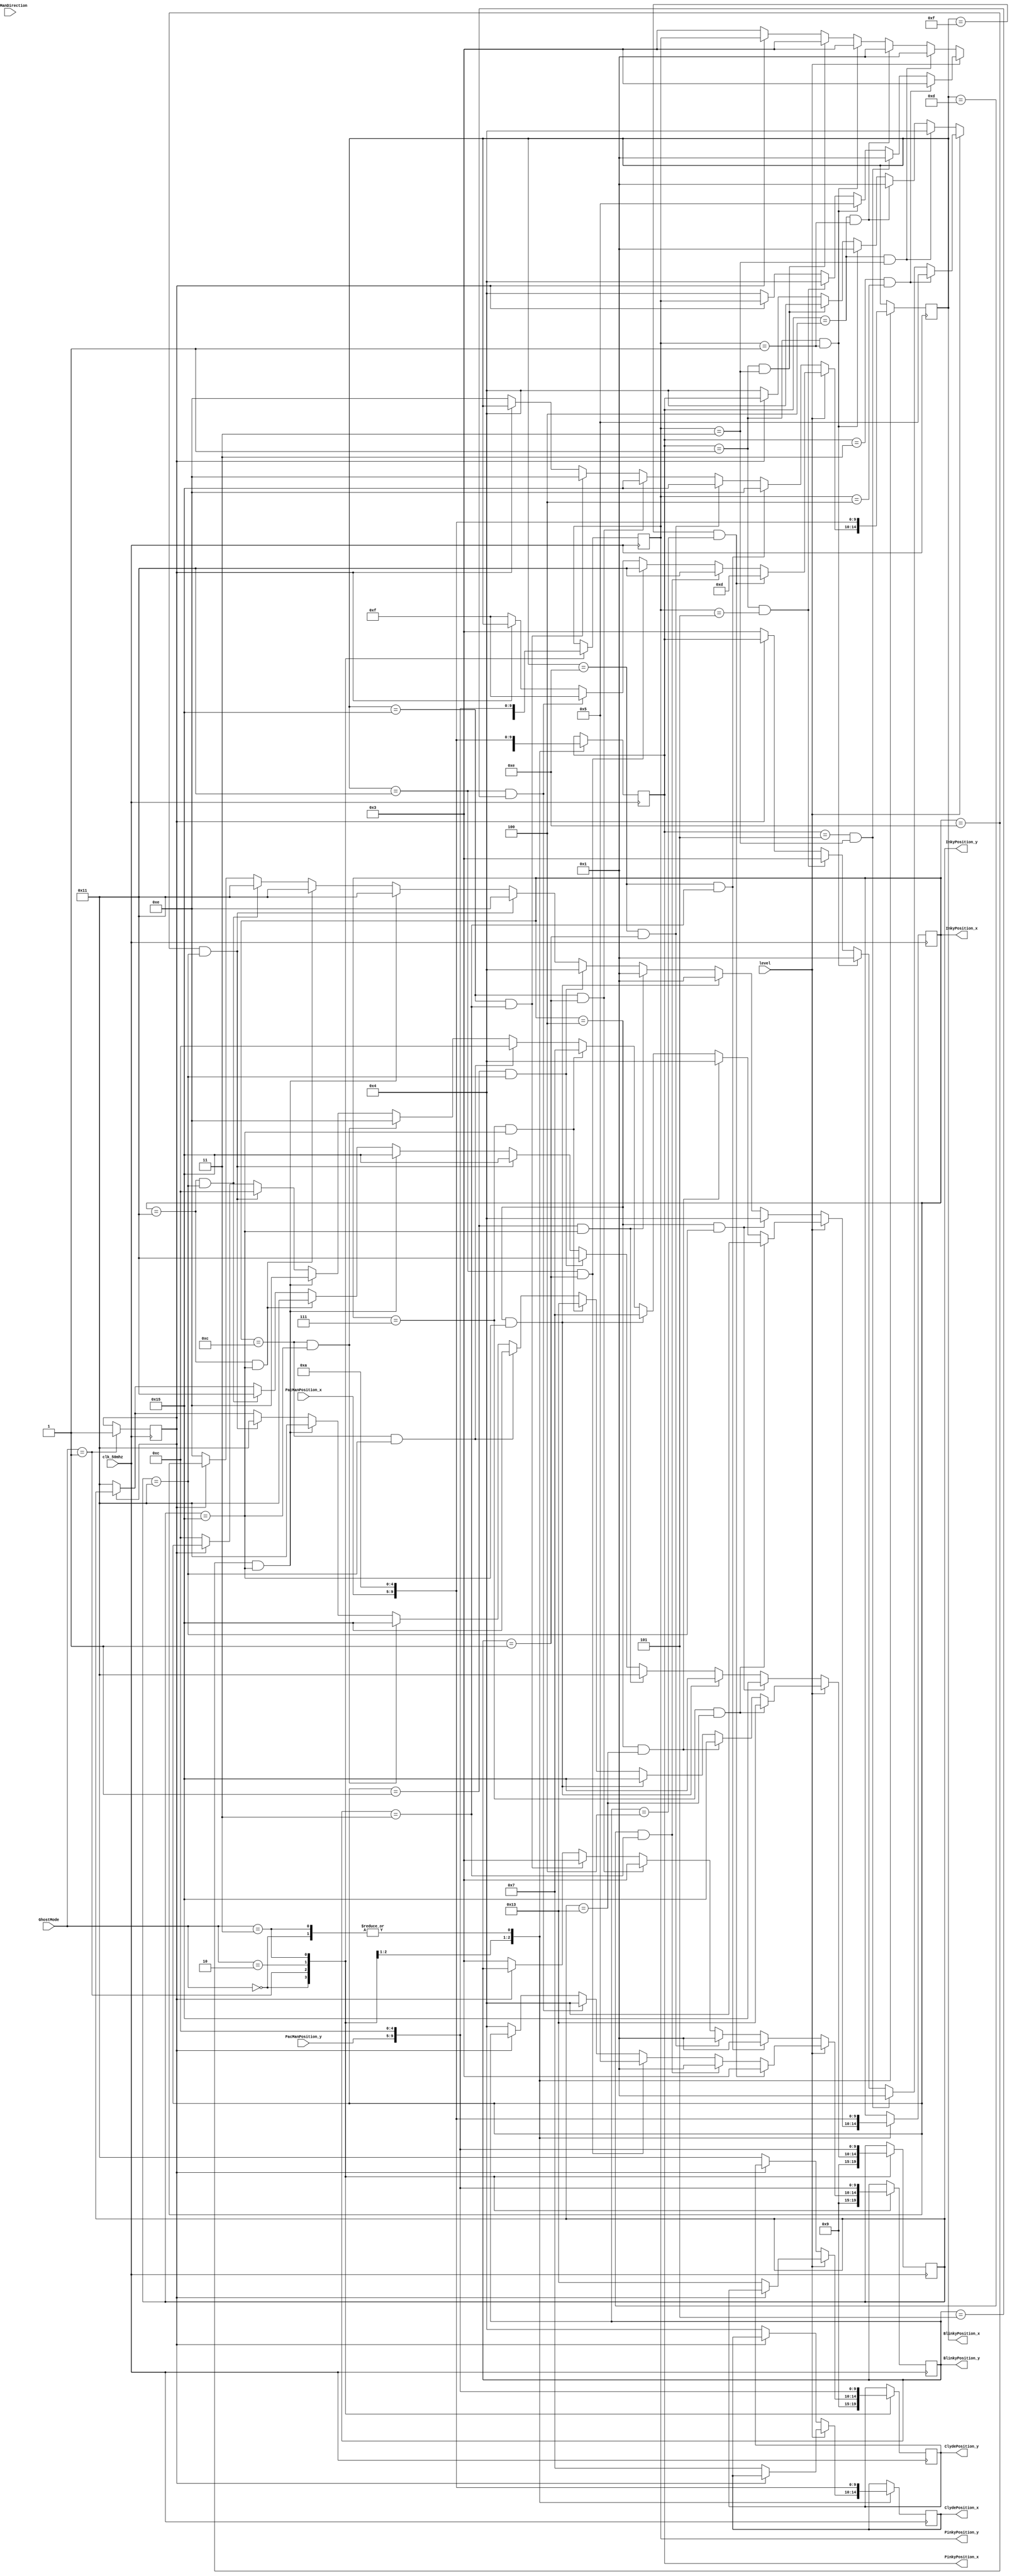
`timescale 1ns / 1ps
//////////////////////////////////////////////////////////////////////////////////
// Company: 
// Engineer: 
// 
// Design Name: 
// Module Name:    ghost_mode 
// Project Name: 
// Target Devices: 
// Tool versions: 
// Description: 
//
// Dependencies: 
//
// Revision: 
// Revision 0.01 - File Created
// Additional Comments: 
//
//////////////////////////////////////////////////////////////////////////////////

/* 
 * File Primary Author: Derek Heyman
 * See LICENSE for license information
 */

module ghost_mode(
						input clk_50mhz,
						input [1:0] GhostMode,
						input [4:0] PacManPosition_x,
						input [4:0] PacManPosition_y,
						input level,
						input [3:0] PacManDirection,
						//send to AI modules as PacMan position
						output reg [4:0] BlinkyPosition_x,
						output reg [4:0] BlinkyPosition_y,
						output reg [4:0] InkyPosition_x,
						output reg [4:0] InkyPosition_y,
						output reg [4:0] ClydePosition_x,
						output reg [4:0] ClydePosition_y,
						output reg [4:0] PinkyPosition_x,
						output reg [4:0] PinkyPosition_y
    );


// make other ghost AI the same for now
// feed position as same 

// need a module to tell you what mode you are in

// once in jail after eaten, switch back to jail mode
// check for ghost coordinates

//scatter start go to corner flag
reg scatterstart;

// if ghost in attack need pacman target
// if ghost in scatter need to pay attention to level map corners 4 targets
// if ghost in jail target needs to be  directly above jail
// if ghost eaten taget needs to be directly above then in the jail

always@(posedge clk_50mhz) begin
	
	case(GhostMode)
		
		// get out of jail
		2'b00: begin
					
					//cooridinates of directly above jail	
					BlinkyPosition_x <= 5'b01010;
					BlinkyPosition_y <= 5'b01001;
					InkyPosition_x <= 5'b01010;
					InkyPosition_y <= 5'b01001;
					ClydePosition_x <= 5'b01010;
					ClydePosition_y <= 5'b01001;
					PinkyPosition_x <= 5'b01010;
					PinkyPosition_y <= 5'b01001;
					
				end
		
		// scatter
		2'b01:
			
				// all levels will have different innermost corners
				if(level == 0) begin
					
					if(scatterstart != 1) begin
					
						// top right corner
						BlinkyPosition_x <= 5'b01110;
						BlinkyPosition_y <= 5'b00011;
						
						// bottom right corner
						InkyPosition_x <= 5'b01110;
						InkyPosition_y <= 5'b10001;
						
						// top left corner
						PinkyPosition_x <= 5'b00100;
						PinkyPosition_y <= 5'b00011;
						
						// bottom left corner
						ClydePosition_x <= 5'b00100;
						ClydePosition_y <= 5'b10001;
						
						scatterstart <= 1;
					
					end
					
					// Blinky corner 1 top right
					if(BlinkyPosition_x == 5'b01110 && BlinkyPosition_y == 5'b00011) begin
					
						BlinkyPosition_x <= 5'b01110;
						BlinkyPosition_y <= 5'b00001;	
						
					end
					
					// Blinky corner 2
					else if(BlinkyPosition_x == 5'b01110 && BlinkyPosition_y == 5'b00001) begin
						
						BlinkyPosition_x <= 5'b10101;
						BlinkyPosition_y <= 5'b00001;	
					
					end
					
					// Blinky corner 3
					else if(BlinkyPosition_x == 5'b10101 && BlinkyPosition_y == 5'b00001) begin

						BlinkyPosition_x <= 5'b10101;
						BlinkyPosition_y <= 5'b00011;	
							
					end
					
					// Blinky corner 4
					else if(BlinkyPosition_x == 5'b10101 && BlinkyPosition_y == 5'b00011) begin
					
						BlinkyPosition_x <= 5'b01110;
						BlinkyPosition_y <= 5'b00011;	
					
					end
					
					// Inky corner 1 bottom right
					if(InkyPosition_x == 5'b01110 && InkyPosition_y == 5'b10001) begin
						
						InkyPosition_x <= 5'b01110;
						InkyPosition_y <= 5'b10101;
						
					end
					
					// Inky corner 2
					else if(InkyPosition_x == 5'b01110 && InkyPosition_y == 5'b10101) begin
						
						InkyPosition_x <= 5'b10001;
						InkyPosition_y <= 5'b10101;
						
					end
					
					// Inky corner 3
					else if(InkyPosition_x == 5'b10001 && InkyPosition_y == 5'b10101) begin
						
						InkyPosition_x <= 5'b10001;
						InkyPosition_y <= 5'b10001;
						
					end
					
					// Inky corner 4
					else if(InkyPosition_x == 5'b10001 && InkyPosition_y == 5'b10001) begin
						
						InkyPosition_x <= 5'b10001;
						InkyPosition_y <= 5'b10001;
						
					end
					
					// Pinky corner 1 top left
					if(PinkyPosition_x == 5'b00100 && PinkyPosition_y == 5'b00011) begin
						
						PinkyPosition_x <= 5'b00100;
						PinkyPosition_y <= 5'b00001;						
					
					end
					
					// Pinky corner 2
					else if(PinkyPosition_x == 5'b00100 && PinkyPosition_y == 5'b00001) begin
						
						PinkyPosition_x <= 5'b00001;
						PinkyPosition_y <= 5'b00001;						
					
					end
					
					// Pinky corner 3
					else if(PinkyPosition_x == 5'b00001 && PinkyPosition_y == 5'b00001) begin
						
						PinkyPosition_x <= 5'b00001;
						PinkyPosition_y <= 5'b00011;						
					
					end
					
					// Pinky corner 4
					else if(PinkyPosition_x == 5'b00001 && PinkyPosition_y == 5'b00011) begin
						
						PinkyPosition_x <= 5'b00100;
						PinkyPosition_y <= 5'b00011;						
					
					end
					
					// Clyde corner 1 bottom left
					if(InkyPosition_x == 5'b00100 && InkyPosition_y == 5'b10001) begin
					
						InkyPosition_x <= 5'b00100;
						InkyPosition_y <= 5'b10101;	
					
					end
					
					// Clyde corner 2
					else if(InkyPosition_x == 5'b00100 && InkyPosition_y == 5'b10101) begin
					
						InkyPosition_x <= 5'b00001;
						InkyPosition_y <= 5'b10101;
					
					end
					
					// Clyde corner 3
					else if(InkyPosition_x == 5'b00001 && InkyPosition_y == 5'b10101) begin
						
						InkyPosition_x <= 5'b00001;
						InkyPosition_y <= 5'b10001;
					
					end
					
					// Clyde corner 4
					else if(InkyPosition_x == 5'b00001 && InkyPosition_y == 5'b10001) begin
						
						InkyPosition_x <= 5'b00100;
						InkyPosition_y <= 5'b10001;
					
					end
										
				end
				
				else begin//if (level == 1) begin
										
					if(scatterstart != 1) begin
						
						// top right corner
						BlinkyPosition_x <= 5'b01111;
						BlinkyPosition_y <= 5'b00100;
						
						// bottom right corner
						InkyPosition_x <= 5'b01100;
						InkyPosition_y <= 5'b10001;
						
						// top left corner
						PinkyPosition_x <= 5'b00011;
						PinkyPosition_y <= 5'b00100;
						
						// bottom left corner
						ClydePosition_x <= 5'b00111;
						ClydePosition_y <= 5'b10011;
						
						scatterstart <= 1;
						
					end

					// Blinky corner 1 top right
					if(BlinkyPosition_x == 5'b01111 && BlinkyPosition_y == 5'b00100) begin
					
						BlinkyPosition_x <= 5'b01101;
						BlinkyPosition_y <= 5'b00011;	
						
					end
					
					// Blinky corner 2
					else if(BlinkyPosition_x == 5'b01101 && BlinkyPosition_y == 5'b00011) begin
						
						BlinkyPosition_x <= 5'b10001;
						BlinkyPosition_y <= 5'b00001;	
					
					end
					
					// Blinky corner 3
					else if(BlinkyPosition_x == 5'b10001 && BlinkyPosition_y == 5'b00001) begin

						BlinkyPosition_x <= 5'b10001;
						BlinkyPosition_y <= 5'b00101;	
							
					end
					
					// Blinky corner 4
					else if(BlinkyPosition_x == 5'b10001 && BlinkyPosition_y == 5'b00101) begin

						BlinkyPosition_x <= 5'b01111;
						BlinkyPosition_y <= 5'b00100;	
							
					end
					
					// Inky corner 1 bottom right
					if(InkyPosition_x == 5'b01100 && InkyPosition_y == 5'b10001) begin
						
						InkyPosition_x <= 5'b01100;
						InkyPosition_y <= 5'b10101;
						
					end
					
					// Inky corner 2
					else if(InkyPosition_x == 5'b01100 && InkyPosition_y == 5'b10101) begin
						
						InkyPosition_x <= 5'b01110;
						InkyPosition_y <= 5'b10101;
						
					end
					
					// Inky corner 3
					else if(InkyPosition_x == 5'b01110 && InkyPosition_y == 5'b10101) begin
						
						InkyPosition_x <= 5'b01110;
						InkyPosition_y <= 5'b10001;
						
					end
					
					// Inky corner 4
					else if(InkyPosition_x == 5'b01110 && InkyPosition_y == 5'b10001) begin
						
						InkyPosition_x <= 5'b01100;
						InkyPosition_y <= 5'b10001;
						
					end
					
					// Pinky corner 1 top left
					if(PinkyPosition_x == 5'b00011 && PinkyPosition_y == 5'b00100) begin
						
						PinkyPosition_x <= 5'b00101;
						PinkyPosition_y <= 5'b00011;						
					
					end
					
					// Pinky corner 2
					else if(PinkyPosition_x == 5'b00101 && PinkyPosition_y == 5'b00011) begin
						
						PinkyPosition_x <= 5'b00001;
						PinkyPosition_y <= 5'b00001;						
					
					end
					
					// Pinky corner 3
					else if(PinkyPosition_x == 5'b00001 && PinkyPosition_y == 5'b00001) begin
						
						PinkyPosition_x <= 5'b00001;
						PinkyPosition_y <= 5'b00101;						
					
					end
					
					// Pinky corner 4
					else if(PinkyPosition_x == 5'b00001 && PinkyPosition_y == 5'b00101) begin
						
						PinkyPosition_x <= 5'b00011;
						PinkyPosition_y <= 5'b00100;						
					
					end
					
					// Clyde corner 1 bottom left
					if(InkyPosition_x == 5'b00111 && InkyPosition_y == 5'b10011) begin
					
						InkyPosition_x <= 5'b00100;
						InkyPosition_y <= 5'b10011;	
					
					end
					
					// Clyde corner 2
					else if(InkyPosition_x == 5'b00100 && InkyPosition_y == 5'b10011) begin
					
						InkyPosition_x <= 5'b00100;
						InkyPosition_y <= 5'b10101;	
					
					end
					
					// Clyde corner 3
					else if(InkyPosition_x == 5'b00100 && InkyPosition_y == 5'b10101) begin
					
						InkyPosition_x <= 5'b00111;
						InkyPosition_y <= 5'b10101;	
					
					end
					
					// Clyde corner 4
					else if(InkyPosition_x == 5'b00111 && InkyPosition_y == 5'b10101) begin
					
						InkyPosition_x <= 5'b00111;
						InkyPosition_y <= 5'b10011;	
					
					end
					
				end
		
		// attack
		2'b10: begin
			
			BlinkyPosition_x <= PacManPosition_x;
			BlinkyPosition_y <= PacManPosition_y;
			InkyPosition_x <= PacManPosition_x;
			InkyPosition_y <= PacManPosition_y;
			
			// have ghost target 4 in front...make sure on map
			//if(PacManDirection == 4'b0001) begin
				PinkyPosition_x <= PacManPosition_x;
				PinkyPosition_y <= PacManPosition_y;
			//end
			ClydePosition_x <= PacManPosition_x;
			ClydePosition_y <= PacManPosition_y;
		
		end
		
		// go back to jail
		2'b11: begin
					
			BlinkyPosition_x <= 5'b01010;
			BlinkyPosition_y <= 5'b01100;
			InkyPosition_x <= 5'b01010;
			InkyPosition_y <= 5'b01100;
			PinkyPosition_x <= 5'b01010;
			PinkyPosition_y <= 5'b01100;
			ClydePosition_x <= 5'b01010;
			ClydePosition_y <= 5'b01100;
			
		end
		
	endcase
end

endmodule